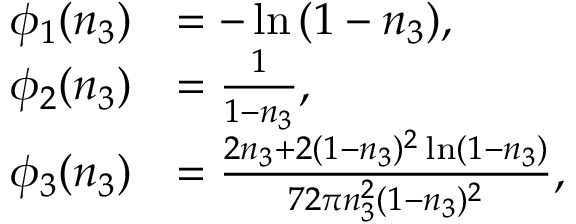
\begin{array} { r l } { \phi _ { 1 } ( n _ { 3 } ) } & { = - \ln { ( 1 - n _ { 3 } ) } , } \\ { \phi _ { 2 } ( n _ { 3 } ) } & { = \frac { 1 } { 1 - n _ { 3 } } , } \\ { \phi _ { 3 } ( n _ { 3 } ) } & { = \frac { 2 n _ { 3 } + 2 ( 1 - n _ { 3 } ) ^ { 2 } \ln ( 1 - n _ { 3 } ) } { 7 2 \pi n _ { 3 } ^ { 2 } ( 1 - n _ { 3 } ) ^ { 2 } } , } \end{array}